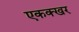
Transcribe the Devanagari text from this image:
एकक्खर